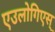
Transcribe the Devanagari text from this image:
एउलोगिएस्